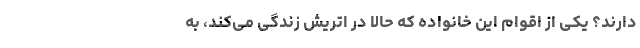
دارند؟ یکی از اقوام این خانواده که حالا در اتریش زندگی می‌کند، به